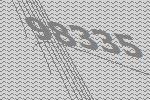
98335